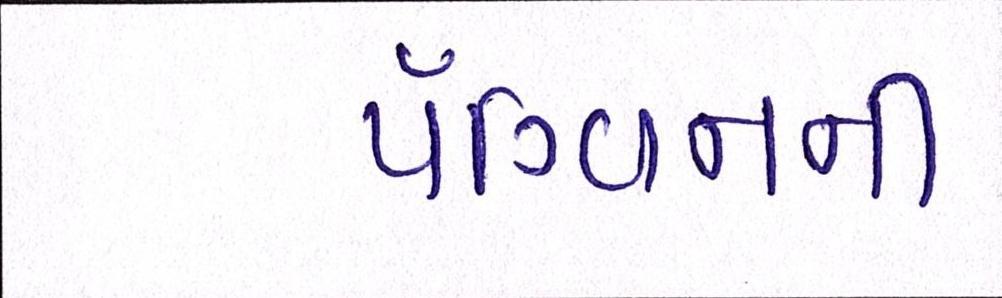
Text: પૅંગ્વિનની